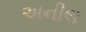
અનીલ